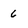
Character: 6